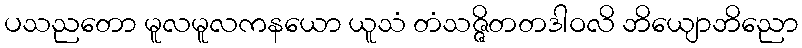
ပသညတော မူလမူလကနယော ယူသံ တံသဇ္ဇိတတဒါဝလိ ဘိယျောဘိညော